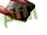
التام